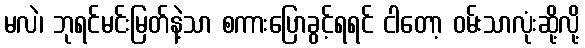
မလဲ၊ ဘုရင်မင်းမြတ်နဲ့သာ စကားပြောခွင့်ရရင် ငါတော့ ဝမ်းသာလုံးဆို့လို့